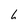
Character: 6